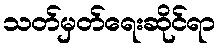
သတ်မှတ်ရေးဆိုင်ရာ